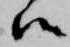
候